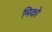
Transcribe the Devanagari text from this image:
मिको